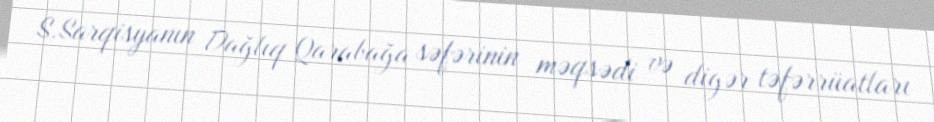
S.Sarqisyanın Dağlıq Qarabağa səfərinin məqsədi və digər təfərrüatları